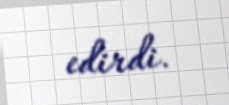
edirdi.